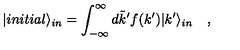
| i n i t i a l \rangle _ { i n } = \int _ { - \infty } ^ { \infty } d \tilde { k } ^ { \prime } f ( k ^ { \prime } ) | k ^ { \prime } \rangle _ { i n } \quad ,